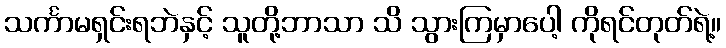
သင်္ကာမရှင်းရဘဲနှင့် သူတို့ဘာသာ သိ သွားကြမှာပေါ့ ကိုရင်တုတ်ရဲ့။